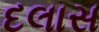
દલાસ